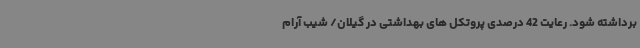
برداشته شود. رعایت 42 درصدی پروتکل های بهداشتی در گیلان/ شیب آرام